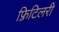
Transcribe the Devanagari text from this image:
फ़्रिटिलरी